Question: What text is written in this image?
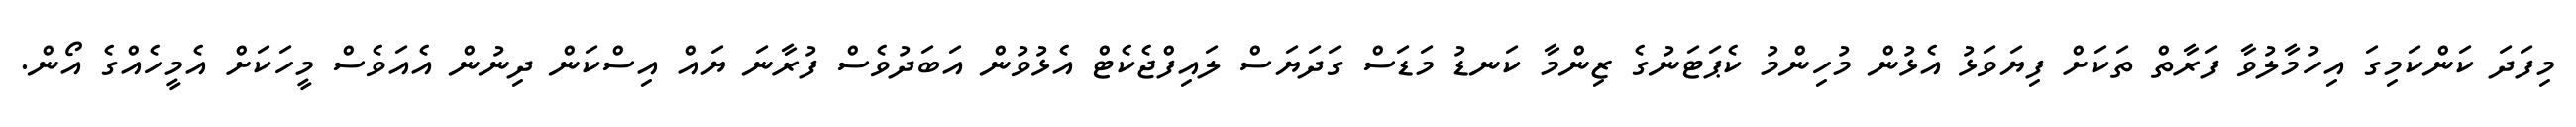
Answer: މިފަދަ ކަންކަމިގަ އިހުމާލުވާ ފަރާތް ތަކަށް ފިޔަވަޅު އެޅުން މުހިންމު ކެޕަޓަނުގެ ޒިންމާ ކަނޑު މަޑަސް ގަދަޔަސް ލައިފްޖެކެޓް އެޅުވުން އަބަދުވެސް ފުރާނަ ޔައް އިސްކަން ދިނުން އެއަވެސް މީހަކަށް އެމީހެއްގެ އޯން.